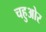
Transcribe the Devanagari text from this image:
चहुओर